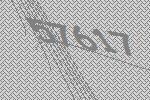
57617